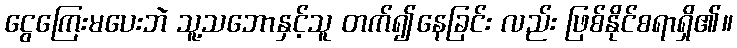
ငွေကြေးမပေးဘဲ သူ့သဘောနှင့်သူ တက်၍နေခြင်း လည်း ဖြစ်နိုင်စရာရှိ၏။